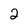
Character: 2